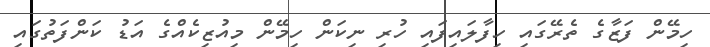
ހިމޭން ފަޒާގެ ތެރޭގައި ހިފާލައިފައި ހުރި ނިކަން ހިމޭން މިއުޒިކެއްގެ އަޑު ކަންފަތުގައި